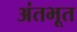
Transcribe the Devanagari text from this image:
अंतभूत